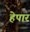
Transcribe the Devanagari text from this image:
हेपार